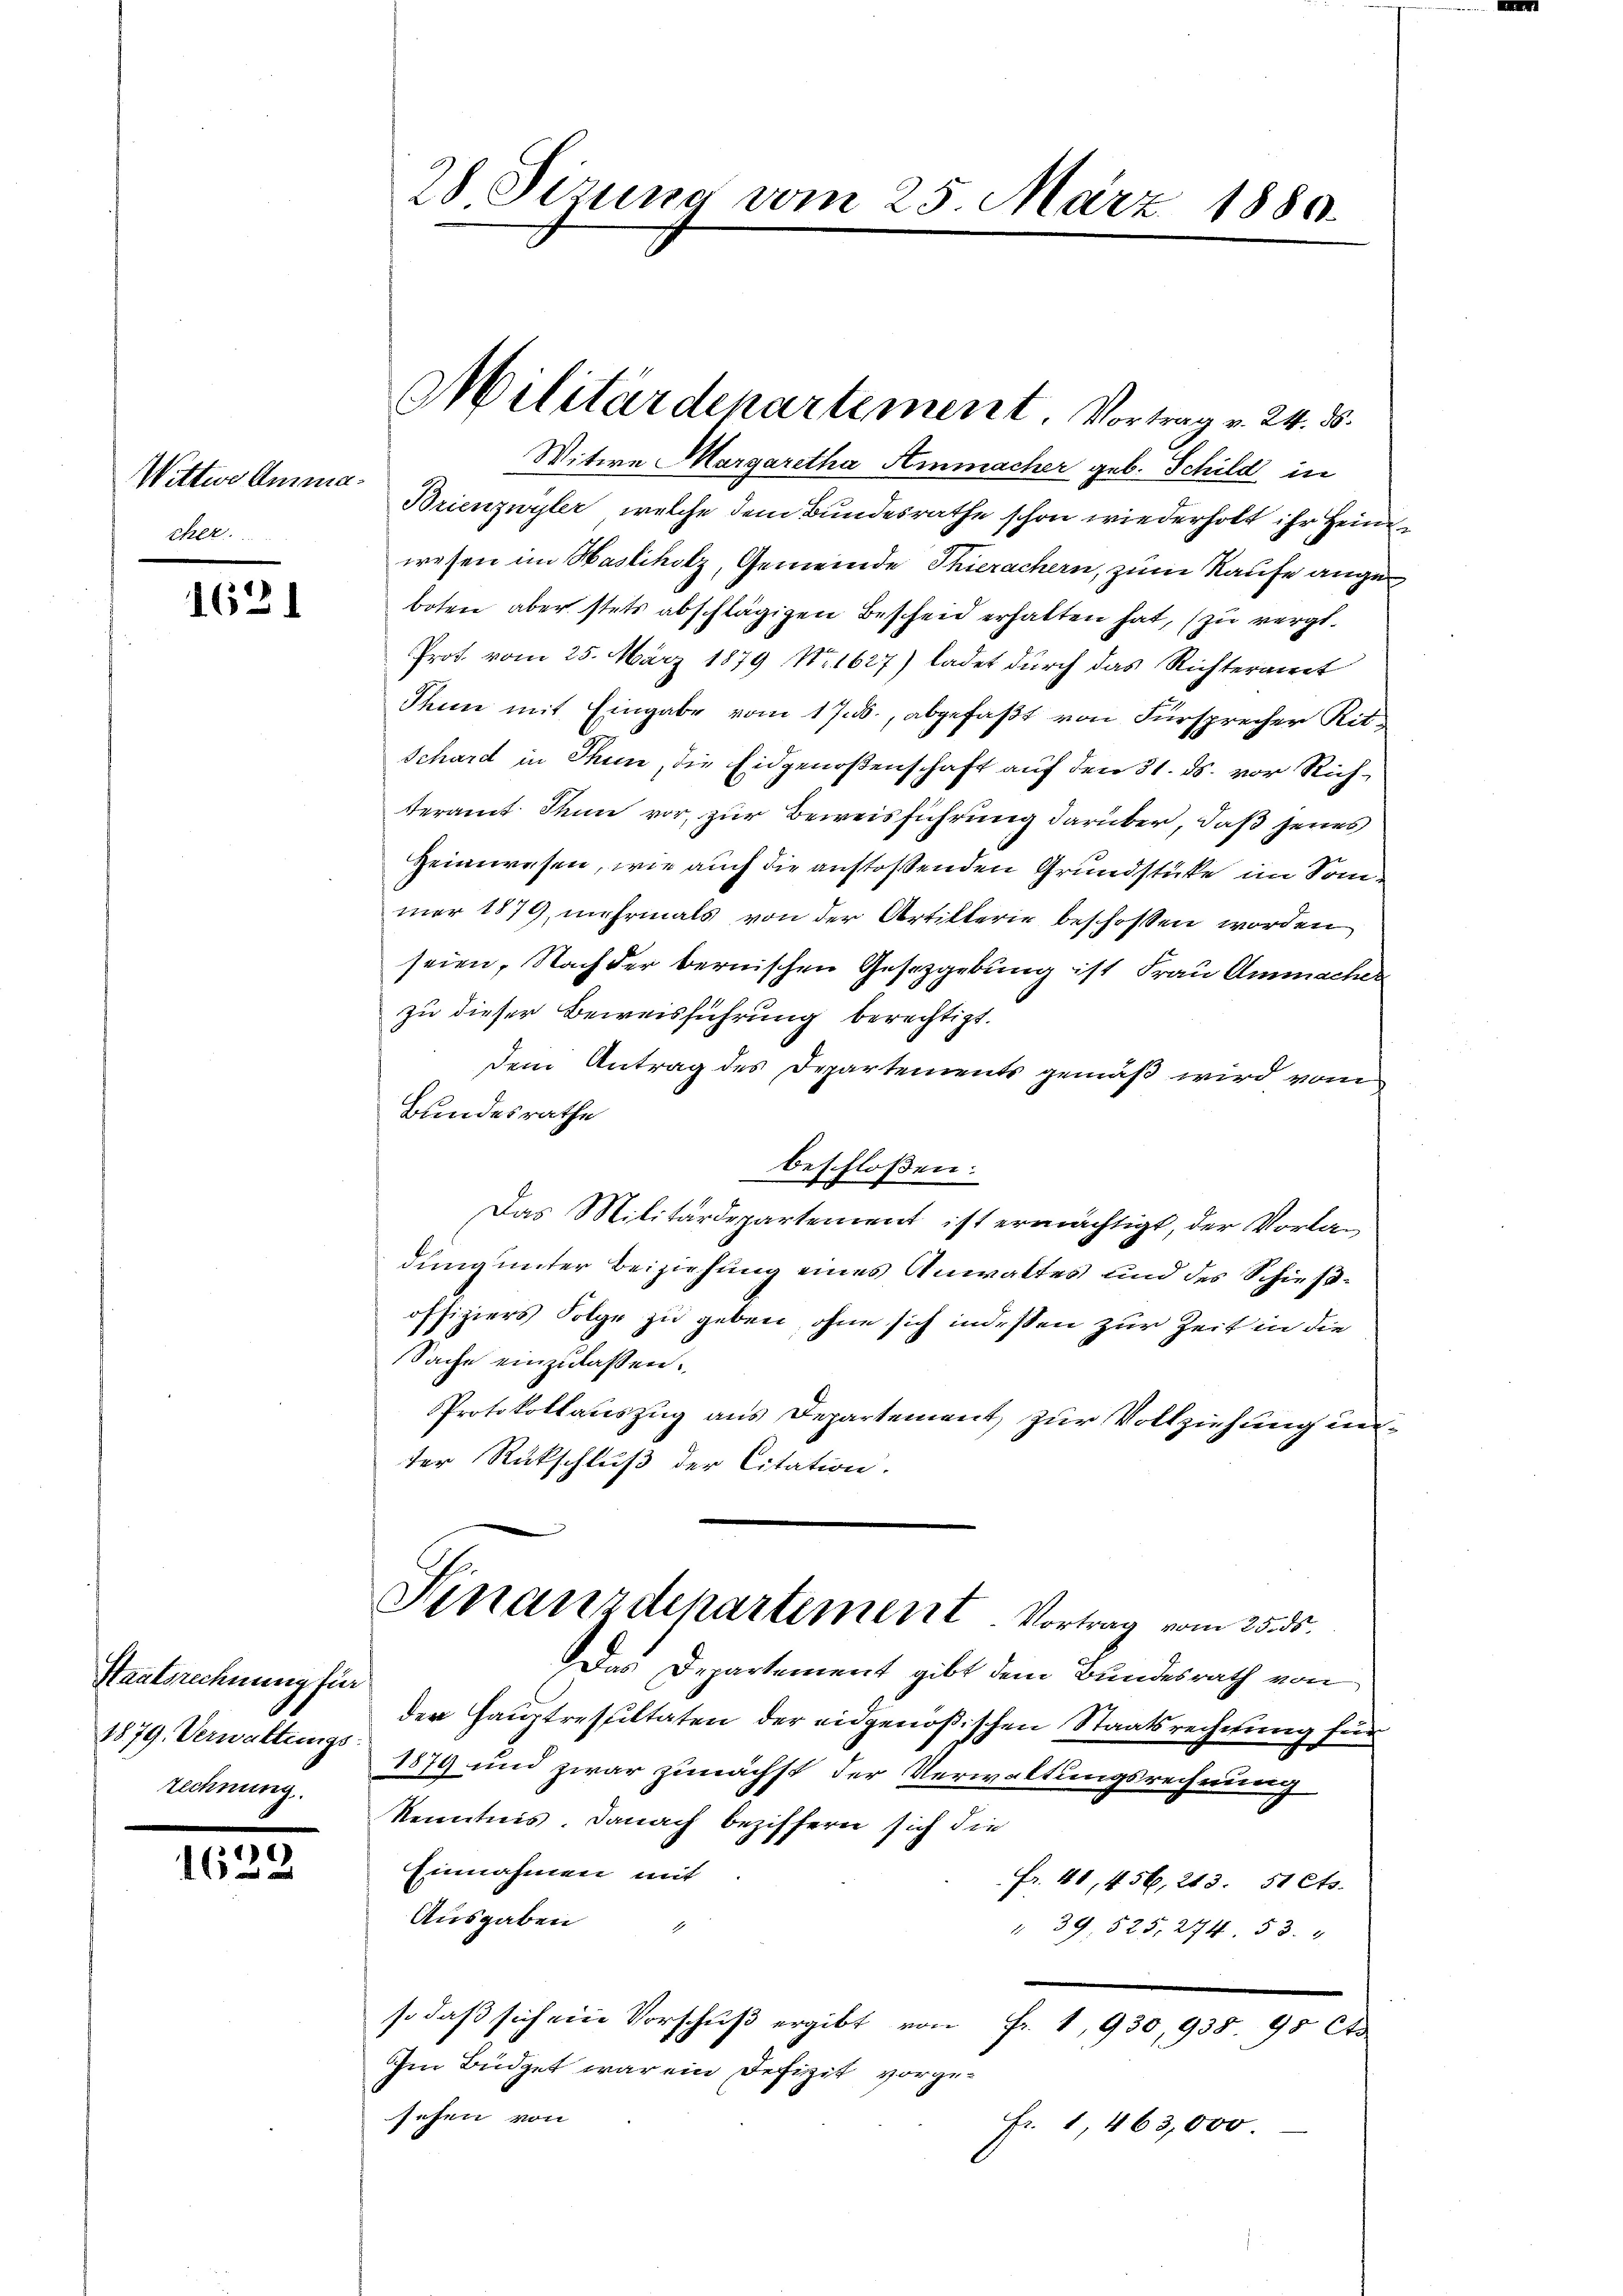
Wittwe Amma¬

1621

Staatsrechnung für
technung.

1629

Militärdepartement. Vortrag v. 24. 85.
Witwe Margaretha Ammacher geb. Schild in
Brienzwyler, welche dem Bundesrathe schon wiederholt ihr Heinwesen im Hasliholz, Gemeinde Thierachern, zum Kaufe angeboten aber stets abschlägigen Bescheid erhalten hat, (zu vergl.
Prot. vom 25. März 1879 Nr 1627) ladet durch das Richteramt
Thun mit Eingabe vom 17. ds., abgefaßt von Fürsprecher Rit-
Schard in Thun, die Eidgenoßenschaft auf den 31. ds. vor Richteramt Thun vor, zur Beweisführung darüber, daß jenes
Heimwesen, wie auch die anstoßenden Grundstücke im Sommar 1879, mehrmals von der Artikterie beschoßen worden
seien, Nach der bernischen Gesetzgebung ist Frau Ammachen
zu dieser Beweisführung berechtigt.
dem Antrag des Departements gemäß wird vom
Bundesrathe
beschloßen:
Das Militärdepartement ist ermächtigt, der Vorladung unter Beiziehung eines Anwaltes und des Schießoffiziers Folge zu geben, ohne sich indessen zur Zeit in die
Sache einzulassen.
Protokollauszug aus Departement zur Vollziehung unter Rückschluß der Citation.
Finanzdepartement. Vortrag vom 25. ds.
Das Departement gibt dem Bundesrath von
der Hauptresultaten der eidgenößischen Staatsrechnung für
1879. Verwaltungs 1879 und zwar zunächst der Verwaltungsrechnung
Kenntnis. Danach beziffern sich die
Einnahmen mit
Fr. 41, 456, 243. 51 Cts.
Ausgaben
" 39. 525. 274. 53. "
so daβ sich ein Vorschŭβ ergibt von Fr. 1, 930,938. 95 Cts
Im Büdget war ein Defizit vorgesehen von
Fr. 1, 463,000.

28 Sizung vom 25. März 1880.